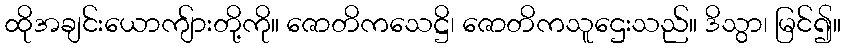
ထိုအချင်းယောကျ်ားတို့ကို။ ဇောတိကသေဋ္ဌိ၊ ဇောတိကသူဌေးသည်။ ဒိသွာ၊ မြင်၍။